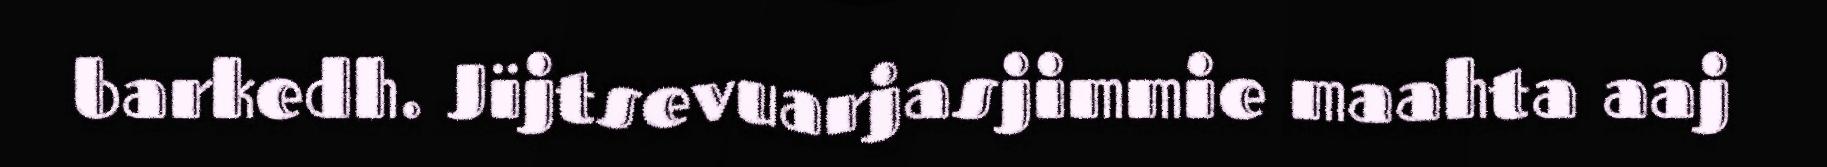
barkedh. Jïjtsevuarjasjimmie maahta aaj